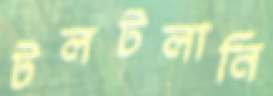
টলটলানি